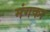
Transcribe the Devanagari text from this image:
मंगका